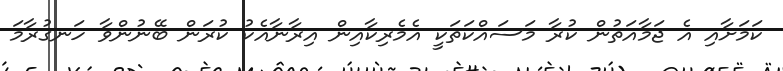
ކަމަށާއި އެ ޖަމާއަތުން ކުރާ މަސައްކަތަކީ އެމެރިކާއިން އިރާނާއެކު ކުރަން ބޭނުންވާ ހަނގުރާމަ